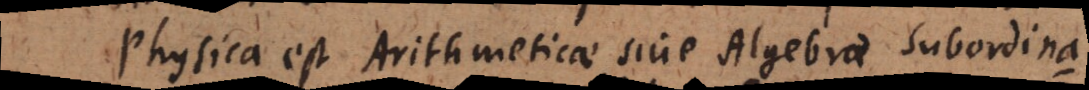
Physica est Arithmeticae sive Algebrae subordina